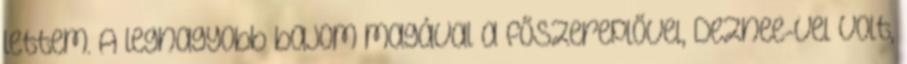
lettem. A legnagyobb bajom magával a főszereplővel, Deznee-vel volt,